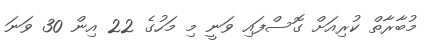
މުބާރާތް ކުރިއަށް ގޮސްފައި ވަނީ މި މަހުގެ 22 އިން 30 ވަނަ